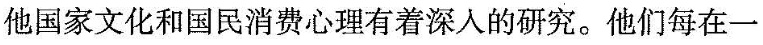
他国家文化和国民消费心理有着深入的研究。他们每在一